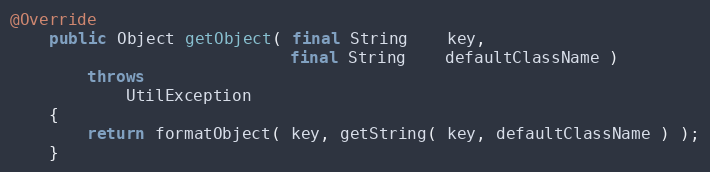
Language: Java
@Override
    public Object getObject( final String    key,
                             final String    defaultClassName )
        throws
            UtilException
    {
        return formatObject( key, getString( key, defaultClassName ) );
    }